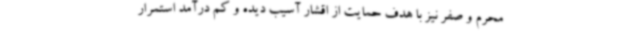
محرم و صفر نیز با هدف حمایت از اقشار آسیب دیده و کم درآمد استمرار